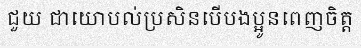
ជួយ ជាយោបល់ប្រសិនបើបងប្អូនពេញចិត្ត